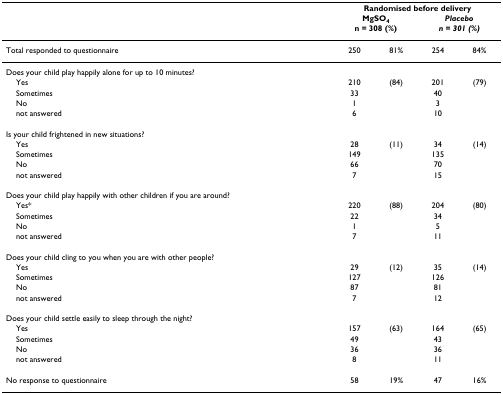
|  | <COLSPAN=4> Randomised before delivery |
 |  | <COLSPAN=2> MgSO4n = 308 (%) | <COLSPAN=2> Placebon = 301 (%) |
 | --- | --- | --- | --- | --- |
 | Total responded to questionnaire | 250 | 81% | 254 | 84% |
 | Does your child play happily alone for up to 10 minutes? |  |  |  |  |
 | Yes | 210 | (84) | 201 | (79) |
 | Sometimes | 33 |  | 40 |  |
 | No | 1 |  | 3 |  |
 | not answered | 6 |  | 10 |  |
 | Is your child frightened in new situations? |  |  |  |  |
 | Yes | 28 | (11) | 34 | (14) |
 | Sometimes | 149 |  | 135 |  |
 | No | 66 |  | 70 |  |
 | not answered | 7 |  | 15 |  |
 | Does your child play happily with other children if you are around? |  |  |  |  |
 | Yes* | 220 | (88) | 204 | (80) |
 | Sometimes | 22 |  | 34 |  |
 | No | 1 |  | 5 |  |
 | not answered | 7 |  | 11 |  |
 | Does your child cling to you when you are with other people? |  |  |  |  |
 | Yes | 29 | (12) | 35 | (14) |
 | Sometimes | 127 |  | 126 |  |
 | No | 87 |  | 81 |  |
 | not answered | 7 |  | 12 |  |
 | Does your child settle easily to sleep through the night? |  |  |  |  |
 | Yes | 157 | (63) | 164 | (65) |
 | Sometimes | 49 |  | 43 |  |
 | No | 36 |  | 36 |  |
 | not answered | 8 |  | 11 |  |
 | No response to questionnaire | 58 | 19% | 47 | 16% |